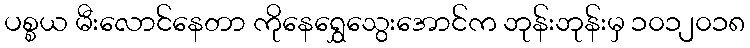
ပစ္စယ မီးလောင်နေတာ ကိုနေရွှေသွေးအောင်က ဘုန်းဘုန်းမှ ၁၀၁၂၀၁၈